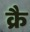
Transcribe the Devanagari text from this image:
क्रै